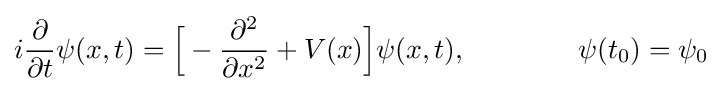
i{\frac {\partial }{\partial t}}\psi (x,t)={\Bigl [}-{\frac {\partial ^{2}}{\partial x^{2}}}+V(x){\Bigr ]}\psi (x,t),\qquad \qquad \psi (t_{0})=\psi _{0}